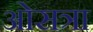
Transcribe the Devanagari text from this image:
ओसत्रा